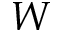
W